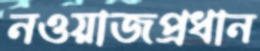
নওয়াজপ্রধান